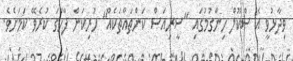
ވިދާޅުވީ އެ ސްކޫލް ހިންގުމުގައި "ސީރިއަސް ކަންތައްތަކެއް" ހުރިކަން ފާހަގަ ކުރެވޭ ކަމަށެވެ.